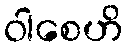
ဝါစေဟိ